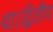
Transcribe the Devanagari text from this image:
था।द्वितीय